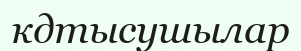
кдтысушылар